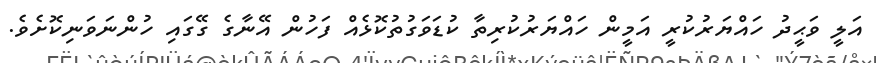
އަލީ ވަޙީދު ހައްޔަރުކުރީ އަމީން ހައްޔަރުކުރިތާ ކުޑަވަގުތުކޮޅެއް ފަހުން އޭނާގެ ގޭގައި ހުންނަވަނިކޮށެވެ.